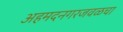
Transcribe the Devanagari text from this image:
अहमदनगरजवळचा